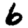
Digit: 6